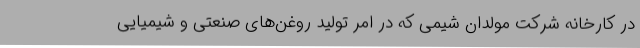
در کارخانه شرکت مولدان شیمی که در امر تولید روغن‌های صنعتی و شیمیایی